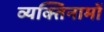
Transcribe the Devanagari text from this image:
व्यक्‍तिनामों